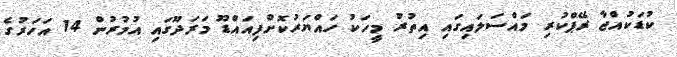
ކުޑަކުއްޖާ ރޭޕްކުރި މައްސަލައިގައި އިތުރު މީހަކު ހައްޔަރުކޮށްފިއައްޑޫ މަރަދޫގައި އުމުރުން 14 އަހަރުގެ